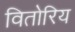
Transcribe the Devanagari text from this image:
वितोरिय